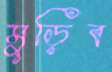
মুড়িব